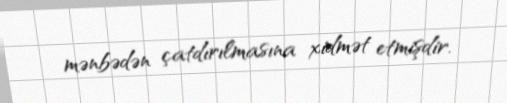
mənbədən çatdırılmasına xidmət etmişdir.